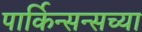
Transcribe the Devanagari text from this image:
पार्किन्सन्सच्या